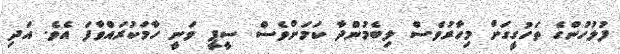
ފުލުހުންގެ ތަހުގީގަށް މިހާރުވެސް ލިބެމުންދާ ކަމަށްވެސް ސީޕީ ވަނީ ހާމަކުރައްވާފަ އެވެ. އަދި